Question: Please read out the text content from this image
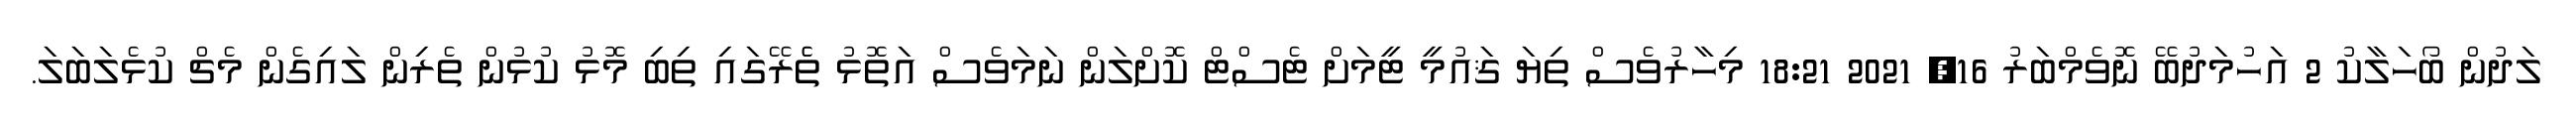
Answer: ލަދުން ބޯހަލާކު 2 އަހުމަދުބޭ ނޮވެމްބަރު 16, 2021 18:21 މިހާރުވެސް ތިޔަ ޤައުމީ ޓީމަށް ޓެސްޓް ކޮށްލަން ނަމަވެސް އަތޮޅު ތެެރޭގައި ތިބި މޮޅު ކުޅުން ތެރިން ލައިގެން މެޗް ކުޅެލަބަލަ.